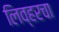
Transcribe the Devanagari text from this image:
लिव्हरचा